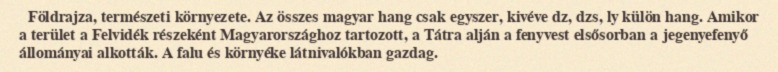
Földrajza, természeti környezete. Az összes magyar hang csak egyszer, kivéve dz, dzs, ly külön hang. Amikor a terület a Felvidék részeként Magyarországhoz tartozott, a Tátra alján a fenyvest elsősorban a jegenyefenyő állományai alkották. A falu és környéke látnivalókban gazdag.